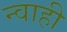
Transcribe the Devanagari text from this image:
न्वाही